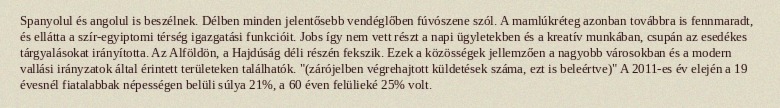
Spanyolul és angolul is beszélnek. Délben minden jelentősebb vendéglőben fúvószene szól. A mamlúkréteg azonban továbbra is fennmaradt, és ellátta a szír-egyiptomi térség igazgatási funkcióit. Jobs így nem vett részt a napi ügyletekben és a kreatív munkában, csupán az esedékes tárgyalásokat irányította. Az Alföldön, a Hajdúság déli részén fekszik. Ezek a közösségek jellemzően a nagyobb városokban és a modern vallási irányzatok által érintett területeken találhatók. "(zárójelben végrehajtott küldetések száma, ezt is beleértve)" A 2011-es év elején a 19 évesnél fiatalabbak népességen belüli súlya 21%, a 60 éven felülieké 25% volt.